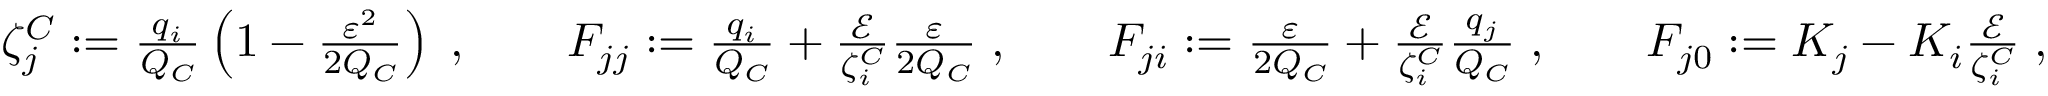
\begin{array} { r } { \zeta _ { j } ^ { C } : = \frac { q _ { i } } { Q _ { C } } \left( 1 - \frac { \varepsilon ^ { 2 } } { 2 Q _ { C } } \right) \; , \quad \quad F _ { j j } : = \frac { q _ { i } } { Q _ { C } } + \frac { \mathcal { E } } { \zeta _ { i } ^ { C } } \frac { \varepsilon } { 2 Q _ { C } } \; , \quad \quad F _ { j i } : = \frac { \varepsilon } { 2 Q _ { C } } + \frac { \mathcal { E } } { \zeta _ { i } ^ { C } } \frac { q _ { j } } { Q _ { C } } \; , \quad \quad F _ { j 0 } : = K _ { j } - K _ { i } \frac { \mathcal { E } } { \zeta _ { i } ^ { C } } \; , } \end{array}